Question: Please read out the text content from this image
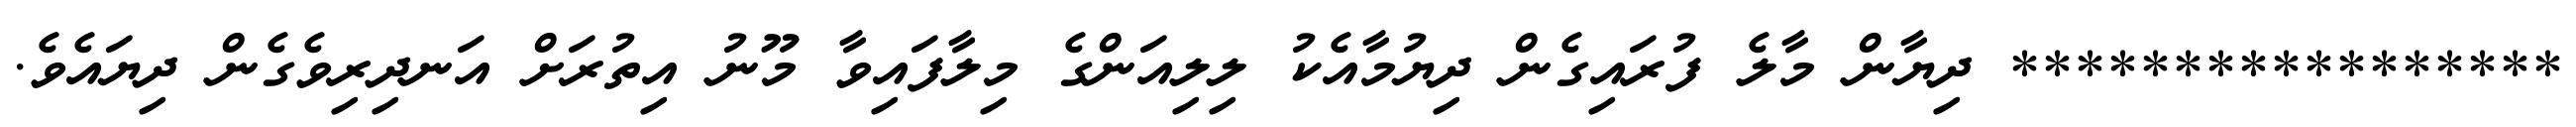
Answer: ***************** ދިޔާން މާލެ ފުރައިގެން ދިޔުމާއެކު ލިލިއަންގެ މިލާފައިވާ މޫނު އިތުރަށް އަނދިރިވެގެން ދިޔައެވެ.